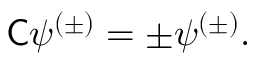
{ \mathsf { C } } \psi ^ { ( \pm ) } = \pm \psi ^ { ( \pm ) } .